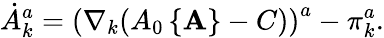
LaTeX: \dot{A}_{k}^{a}=\left(\nabla_{k}(A_{0}\left\{ {\mathbf A}\right\} -C)\right)^{a}-\pi_{k}^{a}.